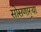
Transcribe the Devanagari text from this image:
सोसणार्‍या